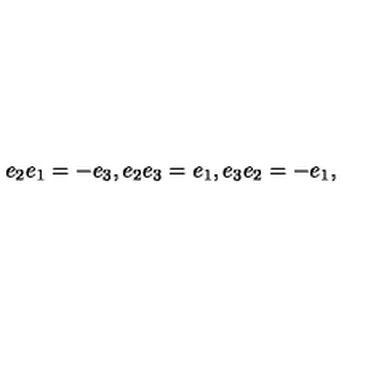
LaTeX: e _ { 2 } e _ { 1 } = - e _ { 3 } , e _ { 2 } e _ { 3 } = e _ { 1 } , e _ { 3 } e _ { 2 } = - e _ { 1 } ,